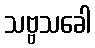
သဗ္ဗသခေါ